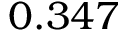
0 . 3 4 7